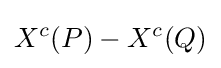
X^{c}(P)-X^{c}(Q)